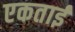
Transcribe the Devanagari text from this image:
एकताई